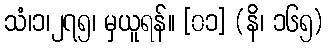
သံ၊၁၊၂၇၅၊ မှယူရန်။ [၀၁] (နိ၊ ၁၆၅)